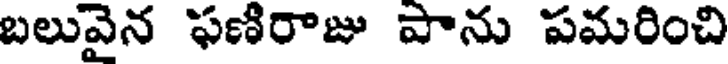
బలువైన ఫణిరాజు పాను పమరించి